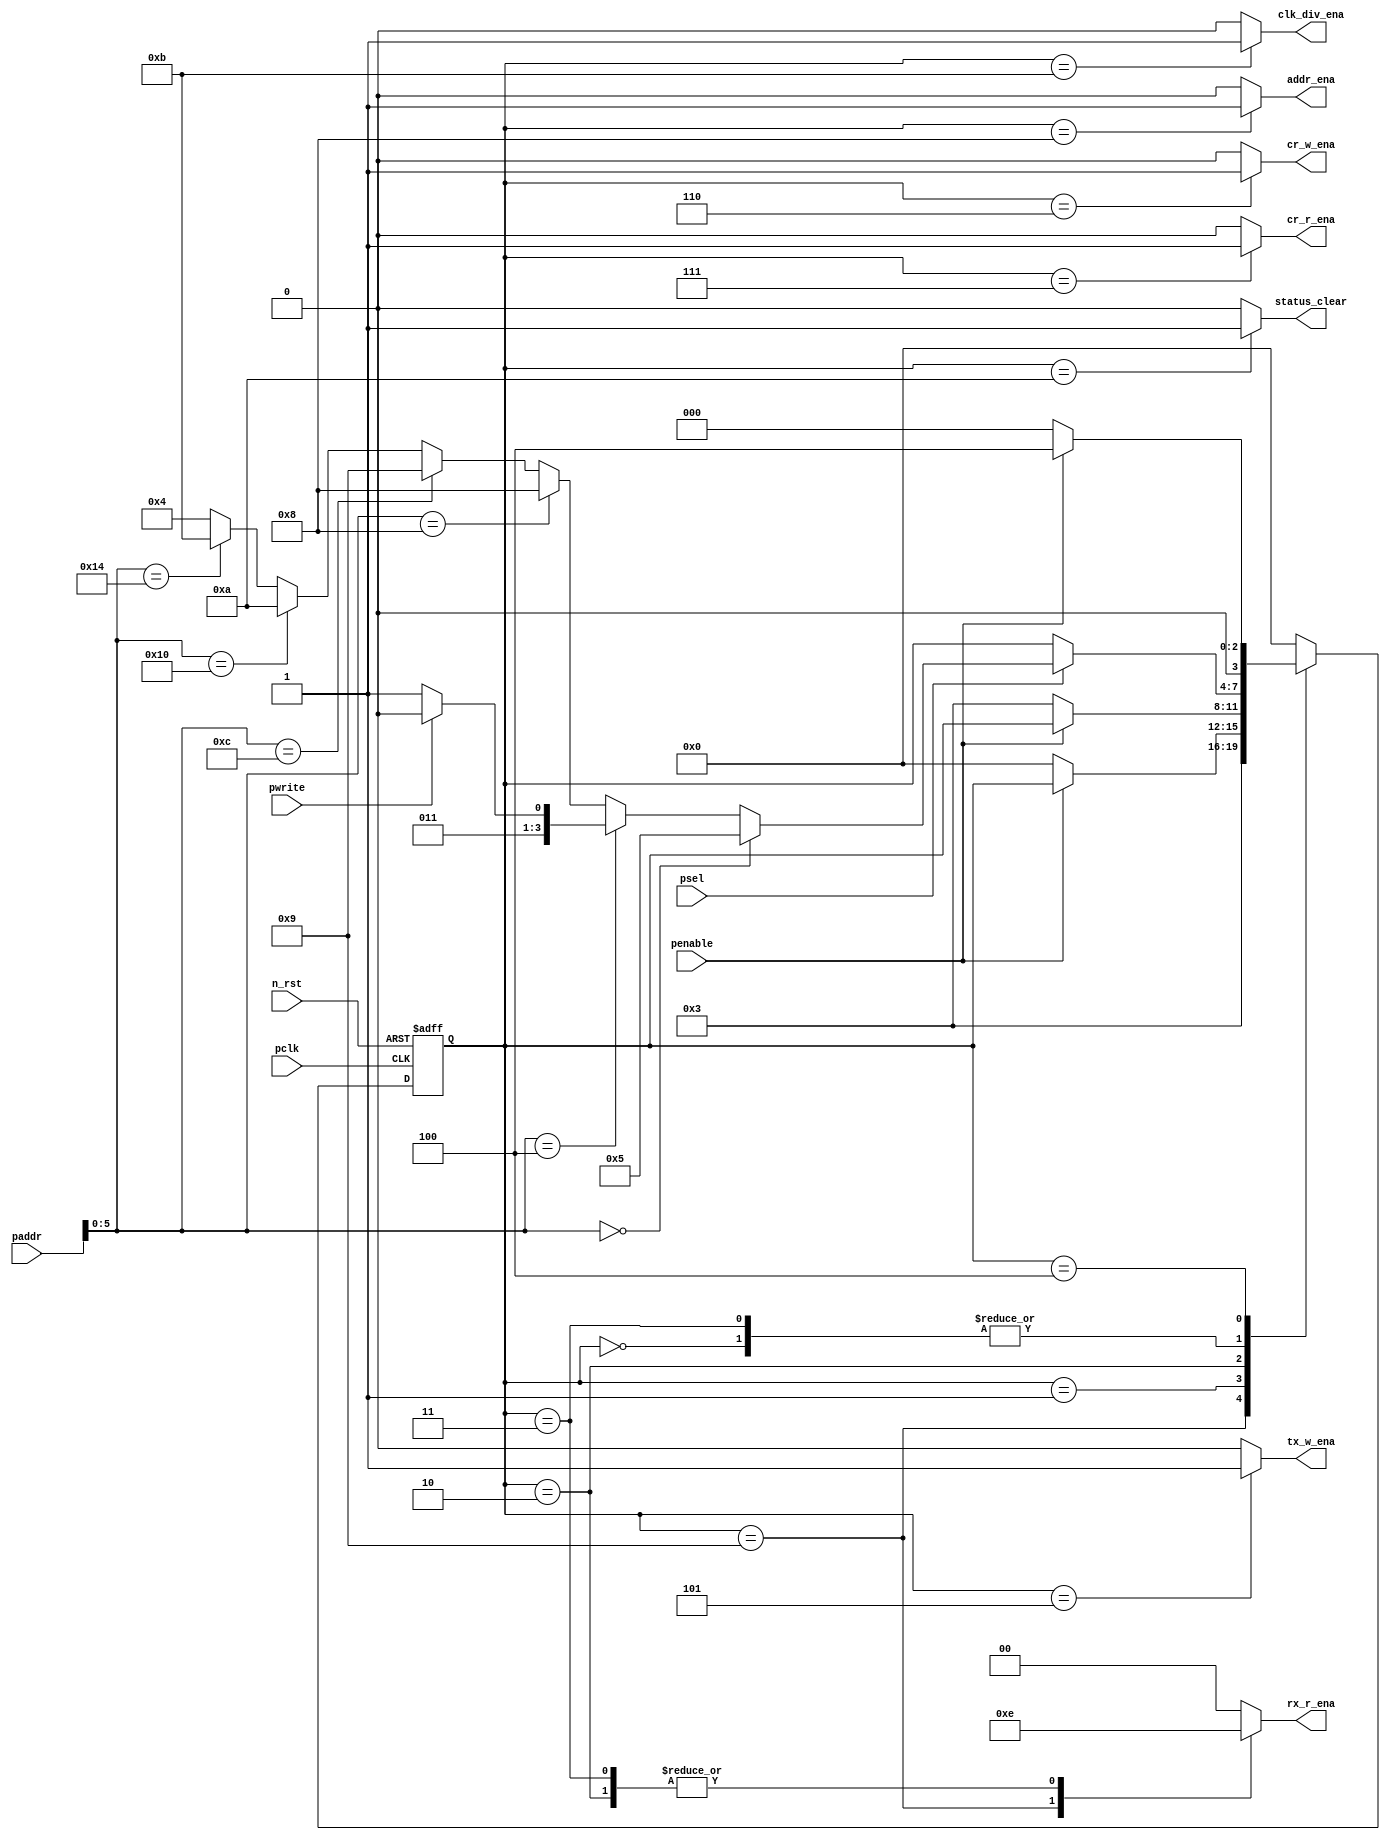
module address_decoder (
	pclk,
	n_rst,
	paddr,
	penable,
	psel,
	pwrite,
	tx_w_ena,
	cr_w_ena,
	cr_r_ena,
	addr_ena,
	rx_r_ena,
	clk_div_ena,
	status_clear
);
	input wire pclk;
	input wire n_rst;
	input wire [31:0] paddr;
	input wire penable;
	input wire psel;
	input wire pwrite;
	output reg tx_w_ena;
	output reg cr_w_ena;
	output reg cr_r_ena;
	output reg addr_ena;
	output reg [1:0] rx_r_ena;
	output reg clk_div_ena;
	output reg status_clear;
	reg [3:0] curr_state;
	reg [3:0] next_state;
	localparam [3:0] IDLE = 0;
	always @(posedge pclk or negedge n_rst)
		if (n_rst == 0)
			curr_state <= IDLE;
		else
			curr_state <= next_state;
	localparam [3:0] ADDR = 8;
	localparam [3:0] CLK_DIV = 11;
	localparam [3:0] CONTROL_R = 7;
	localparam [3:0] CONTROL_W = 6;
	localparam [3:0] EIDLE = 4;
	localparam [3:0] RX = 9;
	localparam [3:0] RX_IDLE = 3;
	localparam [3:0] RX_WAIT = 2;
	localparam [3:0] STATUS = 10;
	localparam [3:0] TX = 5;
	localparam [3:0] WAIT = 1;
	always @(*)
		case (curr_state)
			IDLE: begin
				tx_w_ena = 1'b0;
				cr_r_ena = 1'b0;
				cr_w_ena = 1'b0;
				addr_ena = 1'b0;
				rx_r_ena = 2'b00;
				clk_div_ena = 1'b0;
				status_clear = 1'b0;
				if (psel) begin
					if (paddr[5:0] == 6'd0)
						next_state = TX;
					else if (paddr[5:0] == 6'd4) begin
						if (pwrite)
							next_state = CONTROL_W;
						else
							next_state = CONTROL_R;
					end
					else if (paddr[5:0] == 6'd8)
						next_state = ADDR;
					else if (paddr[5:0] == 6'd12)
						next_state = RX;
					else if (paddr[5:0] == 6'd16)
						next_state = STATUS;
					else if (paddr[5:0] == 6'd20)
						next_state = CLK_DIV;
					else
						next_state = EIDLE;
				end
				else
					next_state = curr_state;
			end
			TX: begin
				cr_r_ena = 1'b0;
				cr_w_ena = 1'b0;
				addr_ena = 1'b0;
				rx_r_ena = 2'b00;
				clk_div_ena = 1'b0;
				tx_w_ena = 1'b1;
				status_clear = 1'b0;
				next_state = IDLE;
			end
			CONTROL_W: begin
				tx_w_ena = 1'b0;
				addr_ena = 1'b0;
				rx_r_ena = 2'b00;
				clk_div_ena = 1'b0;
				cr_w_ena = 1'b1;
				cr_r_ena = 1'b0;
				status_clear = 1'b0;
				next_state = IDLE;
			end
			CONTROL_R: begin
				tx_w_ena = 1'b0;
				addr_ena = 1'b0;
				rx_r_ena = 2'b00;
				clk_div_ena = 1'b0;
				cr_r_ena = 1'b1;
				cr_w_ena = 1'b0;
				status_clear = 1'b0;
				next_state = IDLE;
			end
			ADDR: begin
				tx_w_ena = 1'b0;
				cr_r_ena = 1'b0;
				cr_w_ena = 1'b0;
				rx_r_ena = 2'b00;
				clk_div_ena = 1'b0;
				addr_ena = 1'b1;
				status_clear = 1'b0;
				next_state = IDLE;
			end
			RX: begin
				tx_w_ena = 1'b0;
				cr_r_ena = 1'b0;
				cr_w_ena = 1'b0;
				addr_ena = 1'b0;
				clk_div_ena = 1'b0;
				rx_r_ena = 2'b11;
				status_clear = 1'b0;
				next_state = RX_IDLE;
			end
			STATUS: begin
				tx_w_ena = 1'b0;
				cr_r_ena = 1'b0;
				cr_w_ena = 1'b0;
				addr_ena = 1'b0;
				clk_div_ena = 1'b0;
				rx_r_ena = 2'b00;
				status_clear = 1'b1;
				next_state = IDLE;
			end
			CLK_DIV: begin
				tx_w_ena = 1'b0;
				cr_r_ena = 1'b0;
				cr_w_ena = 1'b0;
				addr_ena = 1'b0;
				rx_r_ena = 2'b00;
				clk_div_ena = 1'b1;
				status_clear = 1'b0;
				next_state = IDLE;
			end
			WAIT: begin
				tx_w_ena = 1'b0;
				cr_r_ena = 1'b0;
				cr_w_ena = 1'b0;
				addr_ena = 1'b0;
				rx_r_ena = 2'b00;
				clk_div_ena = 1'b0;
				status_clear = 1'b0;
				if (penable == 0)
					next_state = IDLE;
				else
					next_state = curr_state;
			end
			RX_WAIT: begin
				tx_w_ena = 1'b0;
				cr_r_ena = 1'b0;
				cr_w_ena = 1'b0;
				addr_ena = 1'b0;
				clk_div_ena = 1'b0;
				rx_r_ena = 2'b10;
				status_clear = 1'b0;
				if (penable == 0)
					next_state = RX_IDLE;
				else
					next_state = curr_state;
			end
			RX_IDLE: begin
				tx_w_ena = 1'b0;
				cr_r_ena = 1'b0;
				cr_w_ena = 1'b0;
				addr_ena = 1'b0;
				rx_r_ena = 2'b10;
				clk_div_ena = 1'b0;
				status_clear = 1'b0;
				if (psel) begin
					if (paddr[5:0] == 6'd0)
						next_state = TX;
					else if (paddr[5:0] == 6'd4) begin
						if (pwrite)
							next_state = CONTROL_W;
						else
							next_state = CONTROL_R;
					end
					else if (paddr[5:0] == 6'd8)
						next_state = ADDR;
					else if (paddr[5:0] == 6'd12)
						next_state = RX;
					else if (paddr[5:0] == 6'd16)
						next_state = STATUS;
					else if (paddr[5:0] == 6'd20)
						next_state = CLK_DIV;
					else
						next_state = EIDLE;
				end
				else
					next_state = curr_state;
			end
			EIDLE: begin
				tx_w_ena = 1'b0;
				cr_r_ena = 1'b0;
				cr_w_ena = 1'b0;
				addr_ena = 1'b0;
				rx_r_ena = 2'b00;
				clk_div_ena = 1'b0;
				status_clear = 1'b0;
				if (penable == 0)
					next_state = IDLE;
				else
					next_state = EIDLE;
			end
			default: begin
				tx_w_ena = 1'b0;
				cr_r_ena = 1'b0;
				cr_w_ena = 1'b0;
				addr_ena = 1'b0;
				clk_div_ena = 1'b0;
				rx_r_ena = 2'b00;
				status_clear = 1'b0;
				next_state = IDLE;
			end
		endcase
endmodule